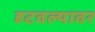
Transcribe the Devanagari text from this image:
हटवल्यावर